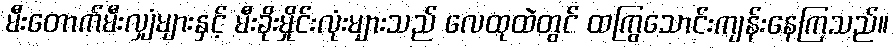
မီးတောက်မီးလျှံများနှင့် မီးခိုးမှိုင်းလုံးများသည် လေထုထဲတွင် ထကြွသောင်းကျန်းနေကြသည်။